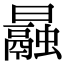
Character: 曧